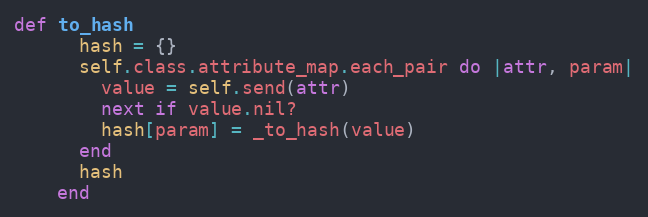
Language: Ruby
def to_hash
      hash = {}
      self.class.attribute_map.each_pair do |attr, param|
        value = self.send(attr)
        next if value.nil?
        hash[param] = _to_hash(value)
      end
      hash
    end